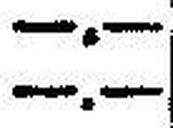
—.—